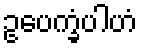
ဥပေက္ခံပါဟံ